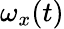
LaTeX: \omega_{x}(t)